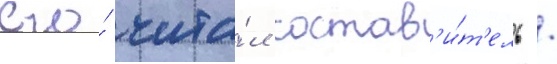
его́ чита́л состав'и́т'ель /